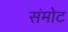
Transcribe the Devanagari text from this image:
संमोट